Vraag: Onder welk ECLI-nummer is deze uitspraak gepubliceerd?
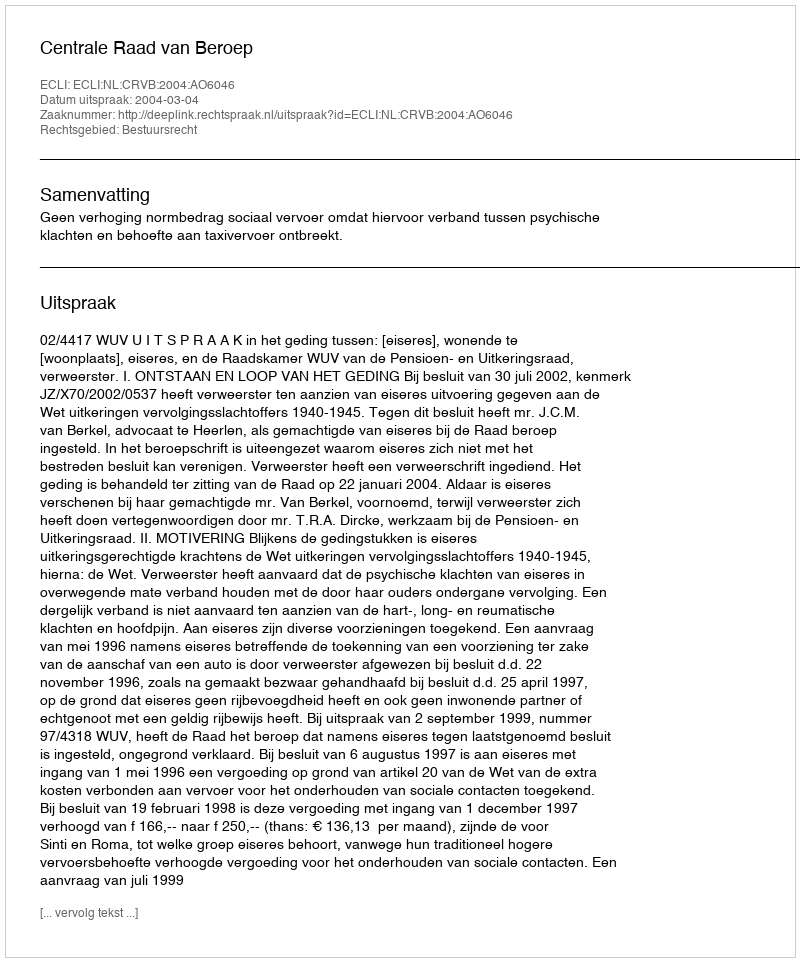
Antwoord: ECLI:NL:CRVB:2004:AO6046